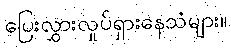
ပြေးလွှားလှုပ်ရှားနေသံများ။